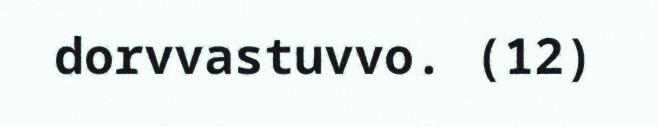
dorvvastuvvo. (12)